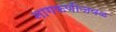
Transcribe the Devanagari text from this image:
नागफणीजवळ